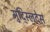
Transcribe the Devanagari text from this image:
मुद्स्लिदेस